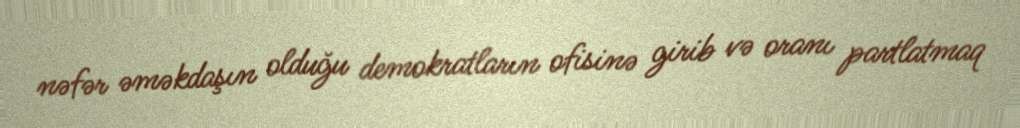
nəfər əməkdaşın olduğu demokratların ofisinə girib və oranı partlatmaq